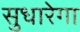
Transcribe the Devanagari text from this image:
सुधारेगा